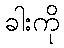
ခါးကို